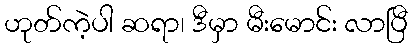
ဟုတ်ကဲ့ပါ ဆရာ၊ ဒီမှာ မီးမောင်း လာပြီ